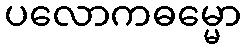
ပလောကဓမ္မော